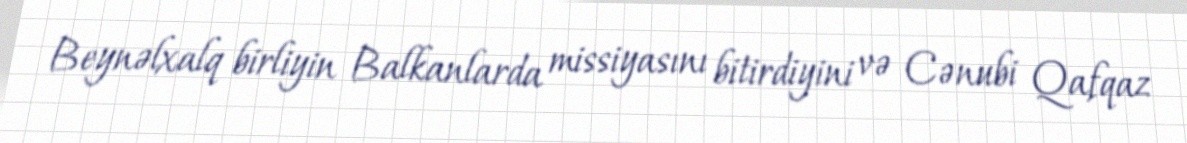
Beynəlxalq birliyin Balkanlarda missiyasını bitirdiyini və Cənubi Qafqaz